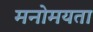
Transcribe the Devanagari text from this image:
मनोमयता